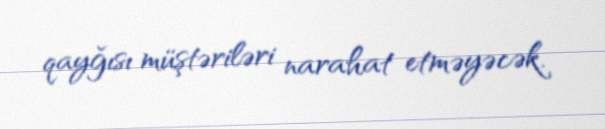
qayğısı müştəriləri narahat etməyəcək.